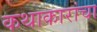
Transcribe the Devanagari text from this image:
कथाकारांचा